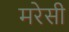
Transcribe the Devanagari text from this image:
मरेसी